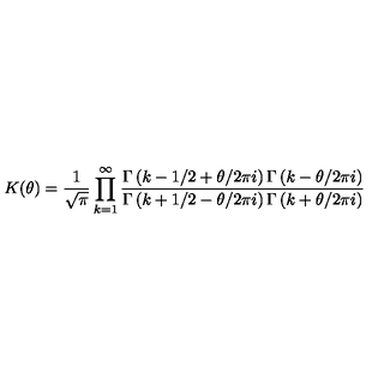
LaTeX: K ( \theta ) = \frac { 1 } { \sqrt { \pi } } \prod _ { k = 1 } ^ { \infty } \frac { \Gamma \left( k - 1 / 2 + \theta / 2 \pi i \right) \Gamma \left( k - \theta / 2 \pi i \right) } { \Gamma \left( k + 1 / 2 - \theta / 2 \pi i \right) \Gamma \left( k + \theta / 2 \pi i \right) }